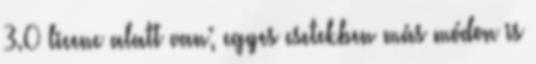
3.0 licenc alatt van; egyes esetekben más módon is